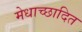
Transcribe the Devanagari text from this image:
मेधाच्छादित